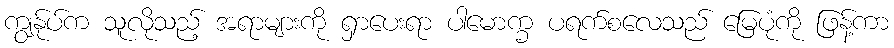
ကျွန်ုပ်က သူလိုသည့် အရာများကို ရှာပေးရာ ပါမောက္ခ ပရက်စလေသည် မြေပုံကို ဖြန့်ကာ